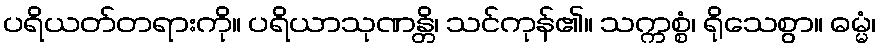
ပရိယတ်တရားကို။ ပရိယာသုဏန္တိ၊ သင်ကုန်၏။ သက္ကစ္စံ၊ ရိုသေစွာ။ ဓမ္မံ၊